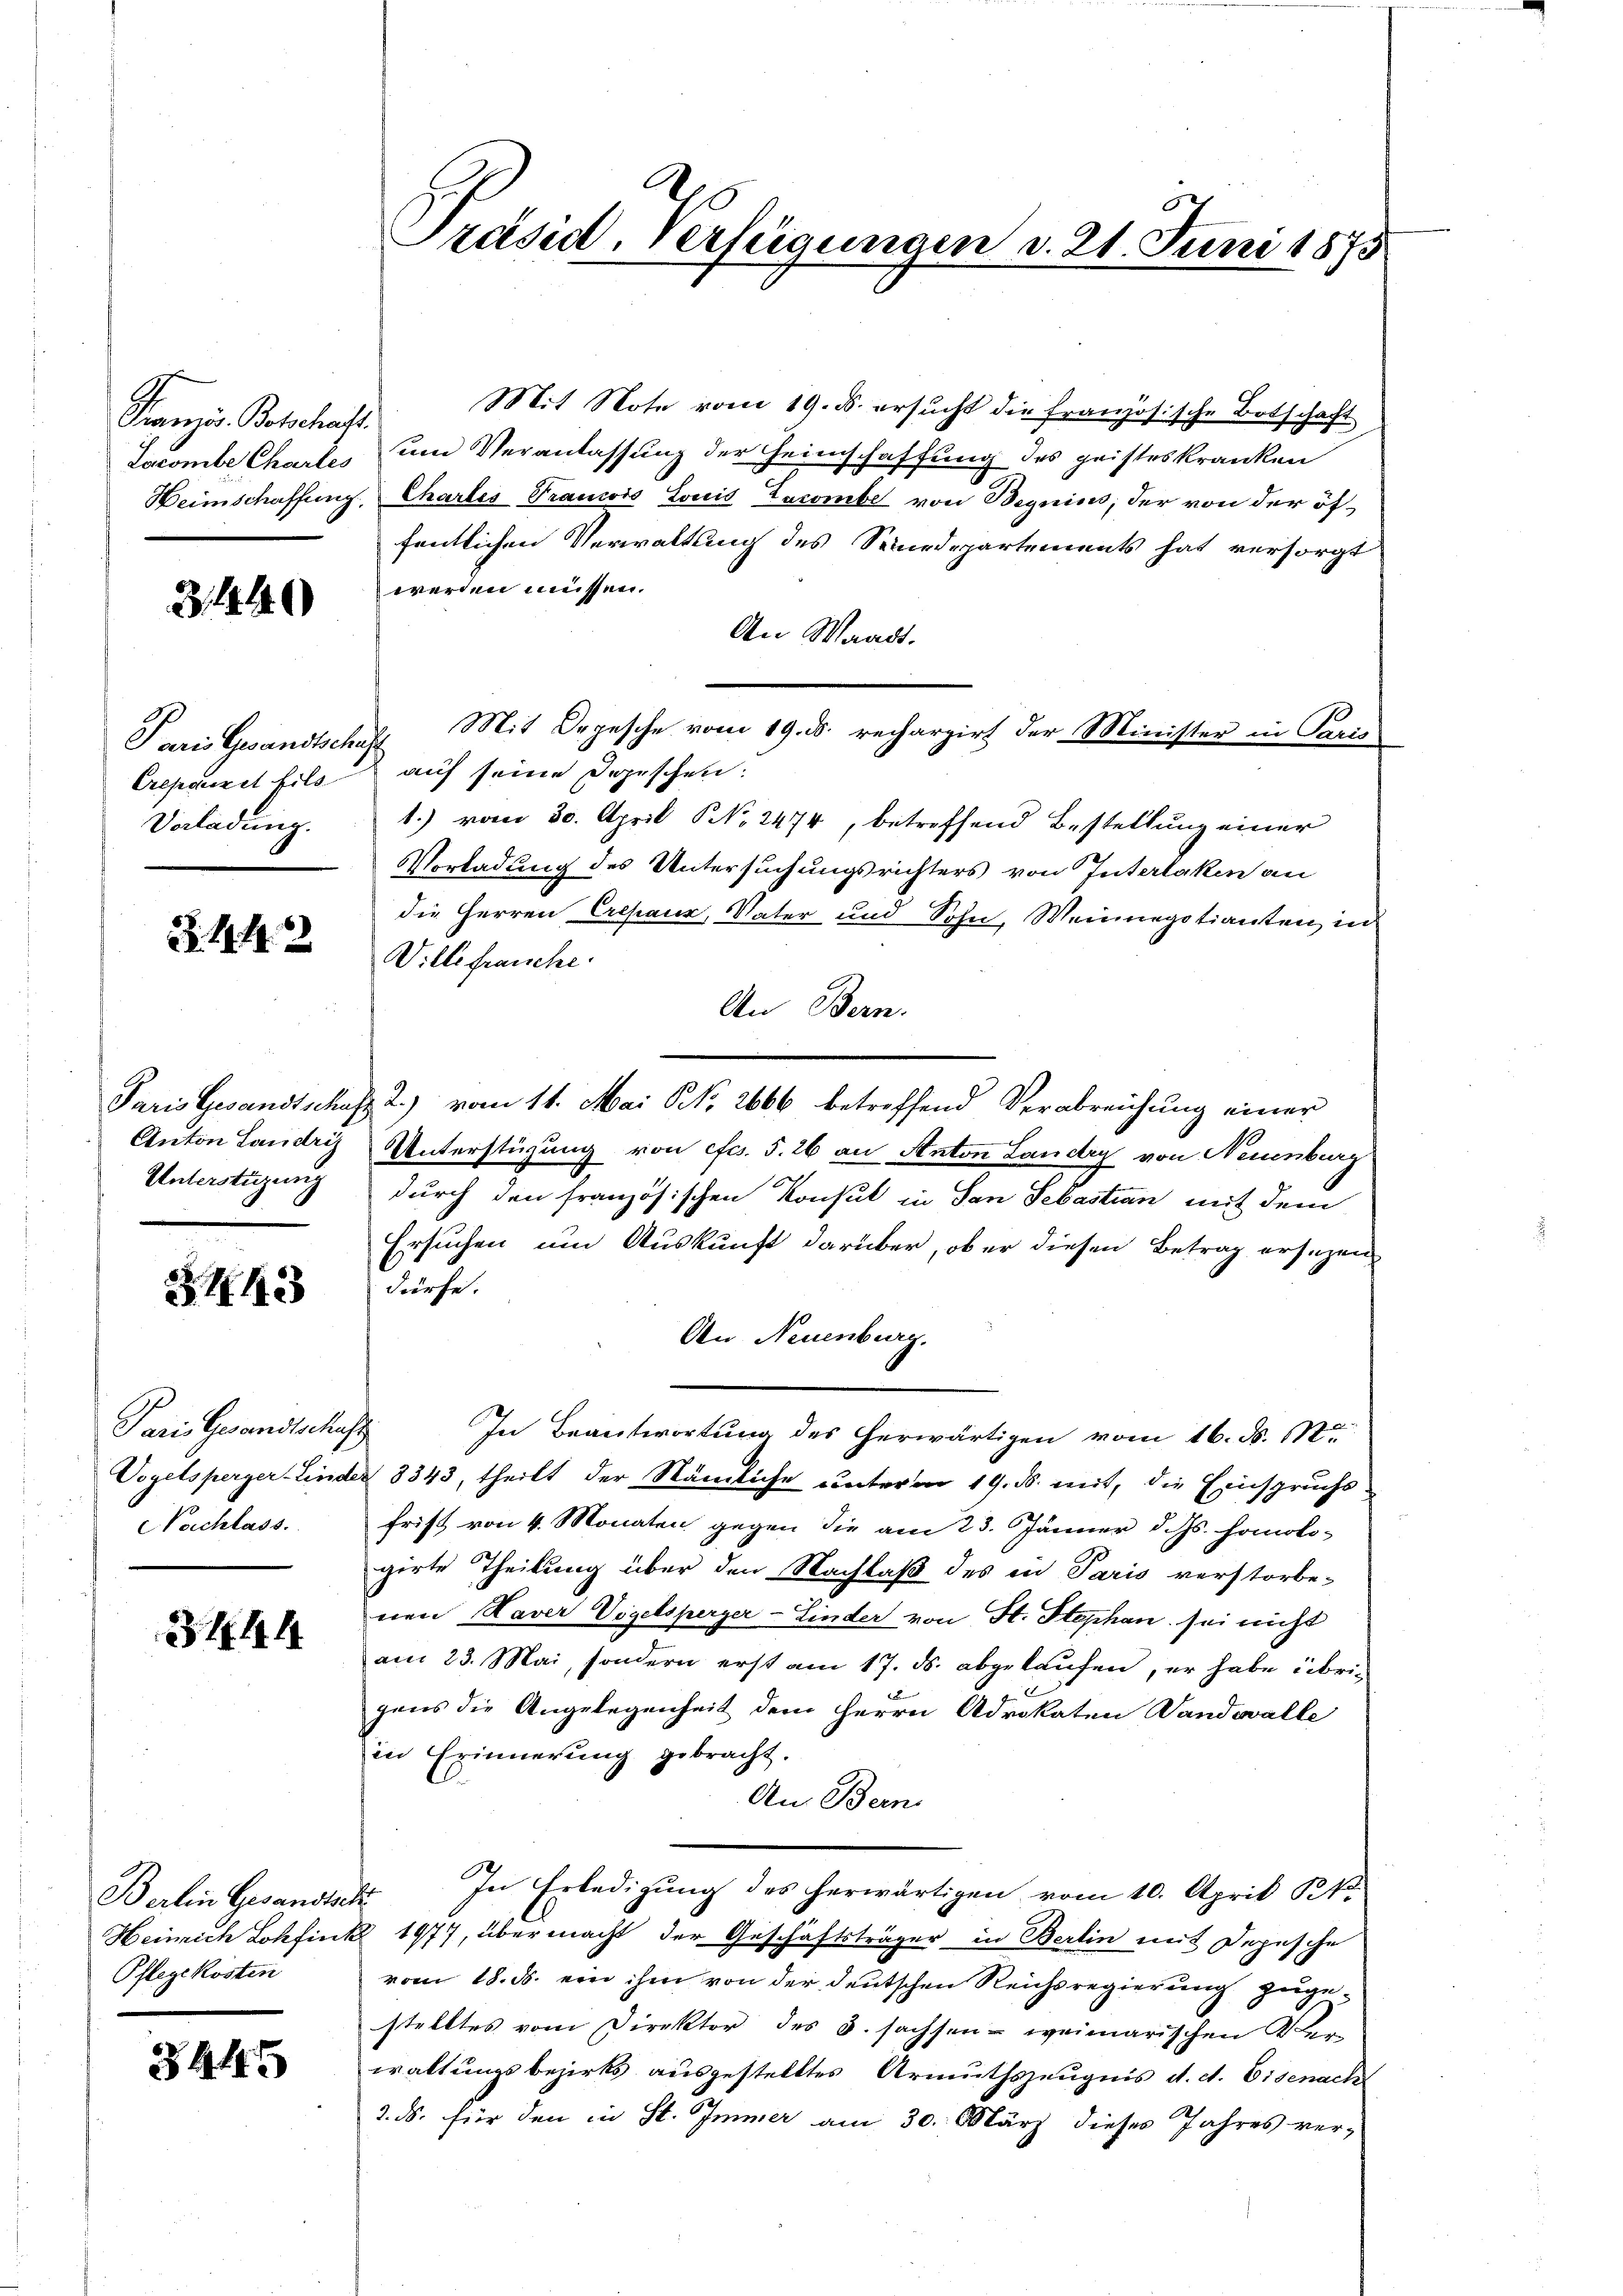
Französ. Botschaft.
Lacombe Charles

3144. 40

Creponiret bild
Vorladung.

Z. 1142

Anton Landris
Unterstüzung

Z. 443

Seine Granitatisch
Vogelsperger-Linde
Nachlass.

344

Pflegekosten

3445

Präsid. Verfeigungen d. 21. Juni 1875

Mit Note vom 19. d. ersucht die französische Botschaft
um Veranlassung der Heimschaffung des geisteskranken
Heimschaffung Chartes Trancois Louis Zacombe von Wegnius, der von der öffentlichen Verwaltung des Seinedepartements hat versorgt
werden müssen.
An Waadt.
Paris Gesandtschaft Mit Orgesche vom 19. d. recharzirt der Minister in Paris
auf seine Depeschen.
1.) vom 30. April NNo. 2474, betreffend Bestellung einer
Vorladung des Untersuchungsrichters von Interlaken an
die Herren Cresaur, Vater und Sohn, Weinnegotianten, in
Ville franche
An Bern.
Paris Gesandtschaft 2.) vom 11. Mai N. 2666 betreffend Verabreichung einer
Unterstüzung von efcs. S. 26 an Anton Landry von Neuenburg
durch den französischen Konsul in San Sebastian mit dem
Ersuchen um Auskunft darüber, ob er diesen Betrag ersezen
Kirche.
An Neuenburg.
In Beantwortung des herwärtigen vom 16. d. M.
d 8343, theilt der Nämliche unterm 19. ds. mit, die Einspruchs
frist von 4. Monaten gegen die am 23. Jänner d. Js. homolo-
girte Theilung über den Nachlaß des in Paris verstorbenen Kaver Vogelsperger-Linder von St. Stephan sei nicht
am 23. Mai, sondern erst am 17. ds. abgekaufen, er habe übrigens die Angelegenheit dem Herrn Advokaten Sandovalle
in Erinnerung gebracht.
An Bern.
Berlin Gesandtsch. In Erledigŭng des herwärtigen vom 10. April Kt.
Heinrich Lohfink 1977, übermacht der Geschäftsträger in Berlin mit Depesche
vom 18. ds. ein ihm von der deutschen Reichsregierung zugestelltes vom Direktor des 3. sachsen weimarischen Ver-
waltungsbezirks ausgestelltes Armuthszeugnis d. d. Eisenacht
2. ds. für den in St. Immer am 30. März dieses Jahres ver-